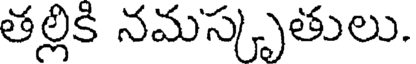
తల్లికి నమస్కృతులు.